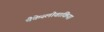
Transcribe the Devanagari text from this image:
चैकेस्लोवाकिया